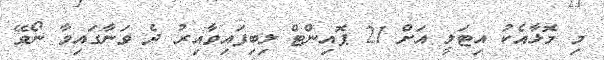
މި މޮޅާއެކު އިޓަލީ އަށް 21 ޕޮއިންޓް ލިބިފައިވާއިރު ދެ ވަނާގައިވާ ނޯވޭ